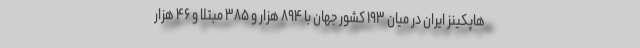
هاپکینز ایران در میان ۱۹۳ کشور جهان با ۸۹۴ هزار و ۳۸۵ مبتلا و ۴۶ هزار